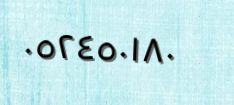
٠٥٢٤٥٠١٨٠